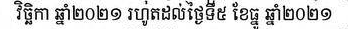
វិច្ឆិកា ឆ្នាំ២០២១ រហូតដល់ថ្ងៃទី៥ ខែធ្នូ ឆ្នាំ២០២១